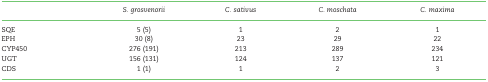
|  | S. grosvenorii | C. sativus | C. moschata | C. maxima |
 | --- | --- | --- | --- | --- |
 | SQE | 5 (5) | 1 | 2 | 1 |
 | EPH | 30 (8) | 23 | 29 | 22 |
 | CYP450 | 276 (191) | 213 | 289 | 234 |
 | UGT | 156 (131) | 124 | 137 | 121 |
 | CDS | 1 (1) | 1 | 2 | 3 |